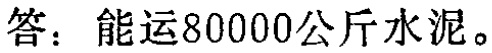
答：能运80000公斤水泥。